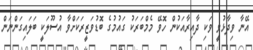
އޭނާ ވިދާޅުވީ ވަކި ދާއިރާއަކުން ހޮވޭ މެމްބަރަކު ގައުމުގެ ބޮޑުވަޒީރަކަށްވާ އުސޫލަކީ ބަލައިގަންނަން